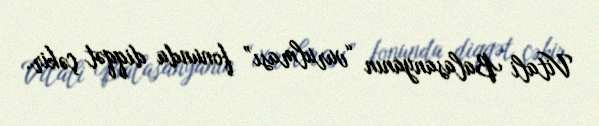
Vitali Balasanyanın “vurulması” fonunda diqqət çəkir.